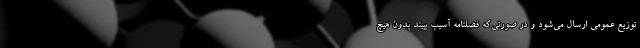
توزیع عمومی ارسال می‌شود و در صورتی‌که فصلنامه آسیب ببیند بدون هیچ